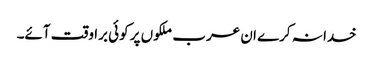
خدا نہ کرے ان عرب ملکوں پر کوئی برا وقت آئے۔